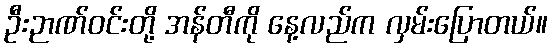
ဦးဉာဏ်ဝင်းတို့ အန်တီကို နေ့လည်က လှမ်းပြောတယ်။